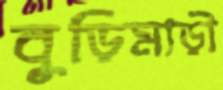
বুড়িমাড়ী